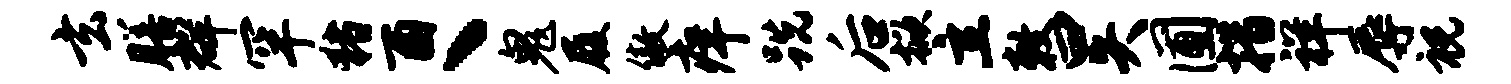
玄膳群罕猪酉丶鬼履傲痒跣后掀立敕曰失圃措祥辱祝